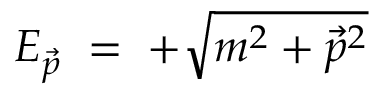
E _ { \vec { p } } \; = \; + { \sqrt { m ^ { 2 } + { \vec { p } } ^ { 2 } } }